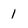
Character: l